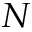
N